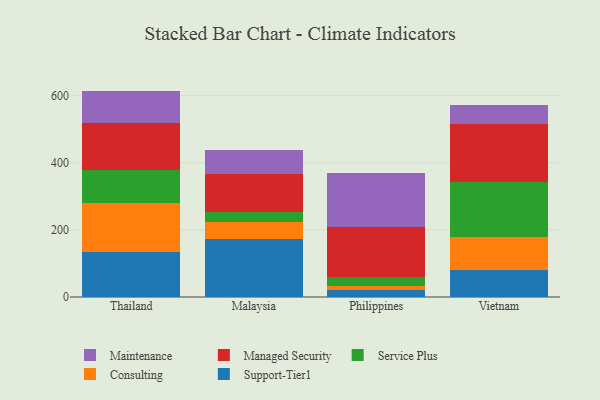
{"axis": {"x": "Country", "y": "Active Users"}, "legend": ["Consulting", "Maintenance", "Managed Security", "Service Plus", "Support-Tier1"], "data": [{"x": "Thailand", "y": 134.3, "type": "Support-Tier1"}, {"x": "Thailand", "y": 146.0, "type": "Consulting"}, {"x": "Thailand", "y": 98.9, "type": "Service Plus"}, {"x": "Thailand", "y": 140.4, "type": "Managed Security"}, {"x": "Thailand", "y": 94.9, "type": "Maintenance"}, {"x": "Malaysia", "y": 171.9, "type": "Support-Tier1"}, {"x": "Malaysia", "y": 52.2, "type": "Consulting"}, {"x": "Malaysia", "y": 28.4, "type": "Service Plus"}, {"x": "Malaysia", "y": 113.3, "type": "Managed Security"}, {"x": "Malaysia", "y": 72.4, "type": "Maintenance"}, {"x": "Philippines", "y": 20.8, "type": "Support-Tier1"}, {"x": "Philippines", "y": 12.4, "type": "Consulting"}, {"x": "Philippines", "y": 26.6, "type": "Service Plus"}, {"x": "Philippines", "y": 150.2, "type": "Managed Security"}, {"x": "Philippines", "y": 161.1, "type": "Maintenance"}, {"x": "Vietnam", "y": 81.7, "type": "Support-Tier1"}, {"x": "Vietnam", "y": 98.4, "type": "Consulting"}, {"x": "Vietnam", "y": 162.0, "type": "Service Plus"}, {"x": "Vietnam", "y": 173.6, "type": "Managed Security"}, {"x": "Vietnam", "y": 55.2, "type": "Maintenance"}]}